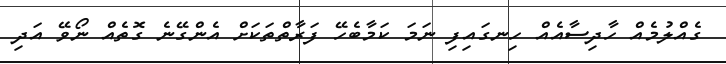
ގެއްލުމެއް ހާދިސާއެއް ހިނގައިފި ނަމަ ކަމާބެހޭ ފަރާތްތަކަށް އެންގޭނެ ގޮތެއް ނޯވޭ އަދި